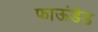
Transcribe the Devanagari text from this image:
फाऊंडेड